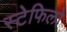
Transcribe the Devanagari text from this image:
स्टेफिलो